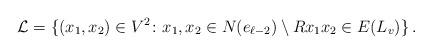
LaTeX: \begin{align*} \mathcal L = \{(x_1,x_2)\in V^2\colon x_1,x_2\in N(e_{\ell-2})\setminus R x_1x_2\in E(L_v)\}\,. \end{align*}